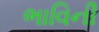
ભાવિની